Leaving Certificate Examination (including Day School Certificate (Higher) General paper), 1930
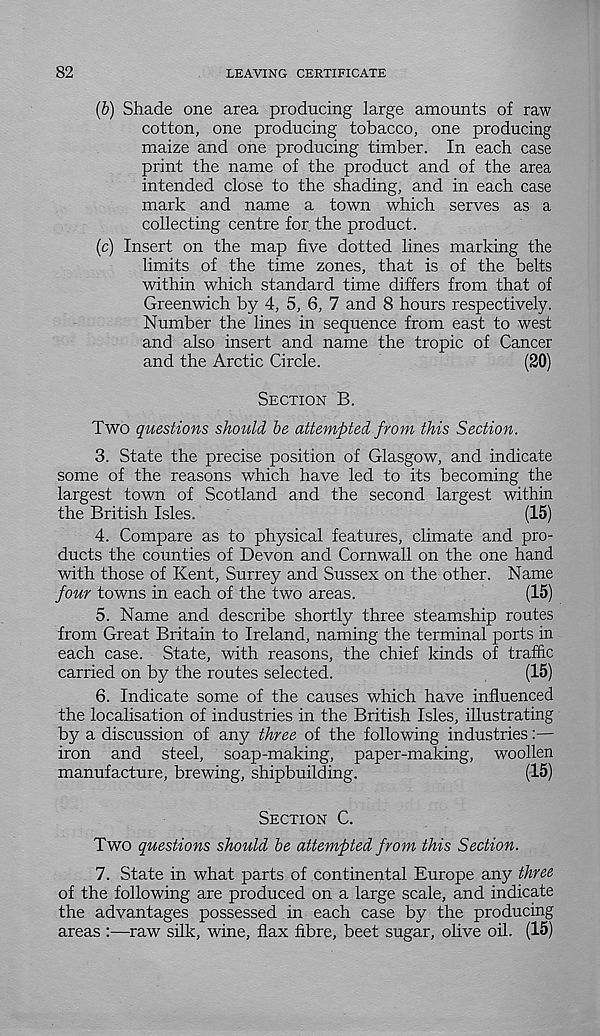
82
LEAVING CERTIFICATE
(b) Shade one area producing large amounts of raw
cotton, one producing tobacco, one producing
maize and one producing timber. In each case
print the name of the product and of the area
intended close to the shading, and in each case
mark and name a town which serves as a
collecting centre for the product.
(c) Insert on the map five dotted lines marking the
limits of the time zones, that is of the belts
within which standard time differs from that of
Greenwich by 4, 5, 6, 7 and 8 hours respectively.
Number the lines in sequence from east to west
and also insert and name the tropic of Cancer
and the Arctic Circle.
(20)
Section B.
Two questions should be attempted from this Section.
3. State the precise position of Glasgow, and indicate
some of the reasons which have led to its becoming the
largest town of Scotland and the second largest within
the British Isles.
(15)
4. Compare as to physical features, climate and pro-
ducts the counties of Devon and Cornwall on the one hand
with those of Kent, Surrey and Sussex on the other. Name
four towns in each of the two areas.
(15)
5. Name and describe shortly three steamship routes
from Great Britain to Ireland, naming the terminal ports in
each case. State, with reasons, the chief kinds of traffic
carried on by the routes selected.
(15)
6. Indicate some of the causes which have influenced
the localisation of industries in the British Isles, illustrating
by a discussion of any three of the following industries:—
iron and steel, soap-making, paper-making, woollen
manufacture, brewing, shipbuilding.
(15)
Section C.
Two questions should be attempted from this Section.
7. State in what parts of continental Europe any three
of the following are produced on a large scale, and indicate
the advantages possessed in each case by the producing
areas :—raw silk, wine, flax fibre, beet sugar, olive oil. (15)